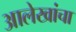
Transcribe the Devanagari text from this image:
आलेखांचा